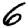
Digit: 6